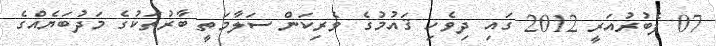
07 ފެބުރުއަރީ 2012 ގައި ދިވެހި ޤައުމުގެ ވެރިކަން ސަލާމަތީ ބާރުތަކުގެ މަދުބަޔެއްގެ